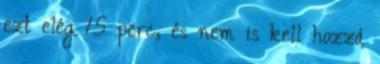
ezt elég 15 perc, és nem is kell hozzá